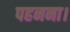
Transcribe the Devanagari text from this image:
पहनना।